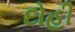
દોહી